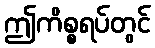
ဤကိစ္စရပ်တွင်